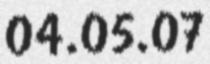
04.05.07